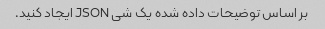
بر اساس توضیحات داده شده یک شی JSON ایجاد کنید.